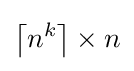
\left\lceil n^{k}\right\rceil \times n